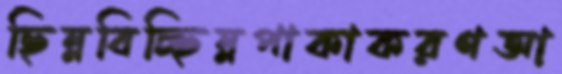
ছিন্নবিচ্ছিন্নপাকাকরণআ